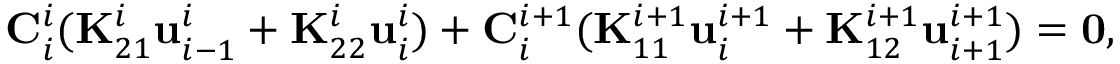
\footnotesize \mathbf { C } _ { i } ^ { i } ( \mathbf { K } _ { 2 1 } ^ { i } \mathbf { u } _ { i - 1 } ^ { i } + \mathbf { K } _ { 2 2 } ^ { i } \mathbf { u } _ { i } ^ { i } ) + \mathbf { C } _ { i } ^ { i + 1 } ( \mathbf { K } _ { 1 1 } ^ { i + 1 } \mathbf { u } _ { i } ^ { i + 1 } + \mathbf { K } _ { 1 2 } ^ { i + 1 } \mathbf { u } _ { i + 1 } ^ { i + 1 } ) = \mathbf { 0 } ,